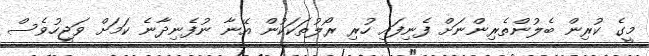
މީގެ ކުރިން ބެލުންތެރިންނަށް ފެނިފައި ހުރި ރޯލުތަކަކުން އޭނާ ނުފެނިދާނެ ކަމަށް ވަޖީހުވެސް